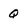
Character: Q